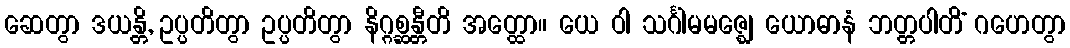
ဆေတွာ ဒယန္တိ, ဥပ္ပတိတွာ ဥပ္ပတိတွာ နိဂ္ဂစ္ဆန္တီတိ အတ္ထော။ ယေ ဝါ သင်္ဂါမမဇ္ဈေ ယောဓာနံ ဘတ္တပါတိံ ဂဟေတွာ